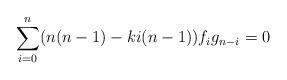
LaTeX: \begin{align*}\sum_{i=0}^n(n(n-1) - ki(n-1))f_{i}g_{n-i} = 0\end{align*}